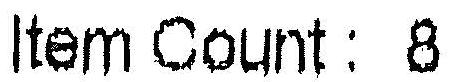
ITEM COUNT: 8